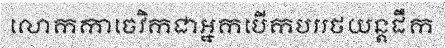
លោកកាចេវិកជាអ្នកបើកបររថយន្តដឹក